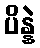
ပိန္နဲ